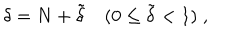
LaTeX: \delta = N + \tilde { \delta } \quad ( 0 \le \tilde { \delta } < 1 ) \; ,